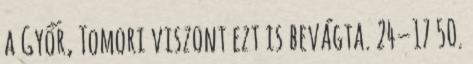
a Győr, Tomori viszont ezt is bevágta. 24–17 50.